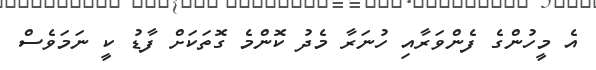
އެ މީހުންގެ ފެންވަރާއި ހުނަރާ މެދު ކޮންމެ ގޮތަކަށް ފާޑު ކީ ނަމަވެސް